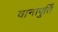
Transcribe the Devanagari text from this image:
वानापुर्ति